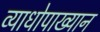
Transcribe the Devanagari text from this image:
व्याधोपाख्यान